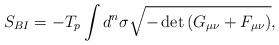
LaTeX: \begin{align*}S_{BI} = -T_p \int d^n \sigma \sqrt{-\det{\left( G_{\mu \nu} +F_{\mu \nu}\right) }} ,\end{align*}